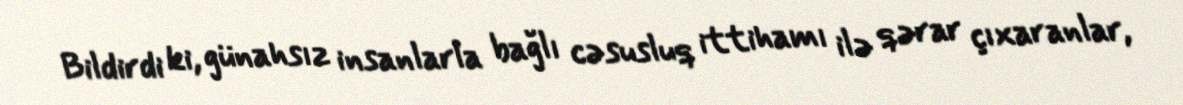
Bildirdi ki, günahsız insanlarla bağlı cəsusluq ittihamı ilə qərar çıxaranlar,